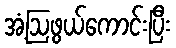
အံ့ဩဖွယ်ကောင်းပြီး